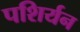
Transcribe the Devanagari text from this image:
पशिर्यन